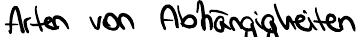
Arten von Abhängigkeiten